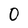
Character: 0